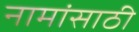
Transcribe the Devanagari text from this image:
नामांसाठी